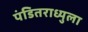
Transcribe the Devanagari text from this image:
पंडितराध्युला